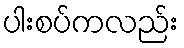
ပါးစပ်ကလည်း